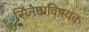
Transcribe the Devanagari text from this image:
सिनेमाविषयक